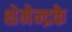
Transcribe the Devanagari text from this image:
क्षेमेन्द्रके